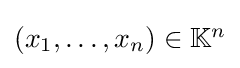
\textstyle \left(x_{1},\ldots ,x_{n}\right)\in \mathbb {K} ^{n}